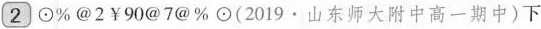
(2)⊙\%@2￥90@7@\%⊙(2019·山东师大附中高一期中)下